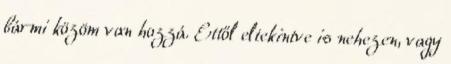
bármi közöm van hozzá. Ettől eltekintve is nehezen, vagy